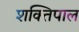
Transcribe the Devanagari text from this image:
शक्तिपाल